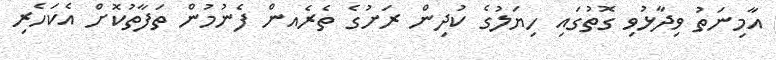
އާމިނަތު ވިދާޅުވި ގޮތުގައި ހިޔަލުގެ ކުދިން ރަށުގެ ތެރެއން ފެނުމުން ތަފާތުކޮށް އެކަހެރި